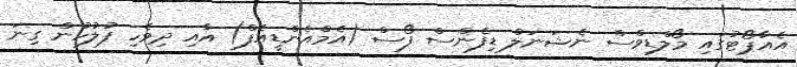
އެއާޕޯޓުގައި މޯލްޑިވްސް ނެޝަނަލް ޑިފެންސް ފޯސް (އެމްއެންޑީއެފް) އާއި ދިވެހި ފުލުހުން ގިނަ